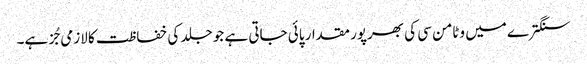
سنگترے میں وٹامن سی کی بھرپور مقدار پائی جاتی ہے جو جلد کی خفاظت کا لازمی جُز ہے۔